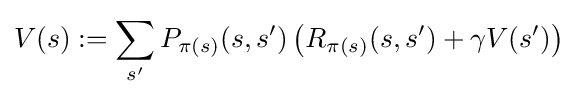
V(s):=\sum _{s'}P_{\pi (s)}(s,s')\left(R_{\pi (s)}(s,s')+\gamma V(s')\right)